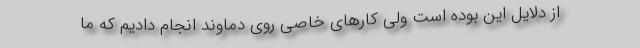
از دلایل این بوده است ولی کارهای خاصی روی دماوند انجام دادیم که ما